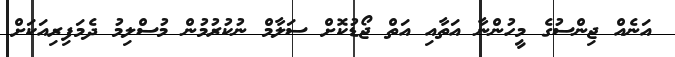
އަނެއް ޖިންސުގެ މީހުންނާ އަތާއި އަތް ޖޯޑުކޮށް ސަލާމް ނުކުރުމުން މުސްލިމު ދެމަފިރިއަކަށް